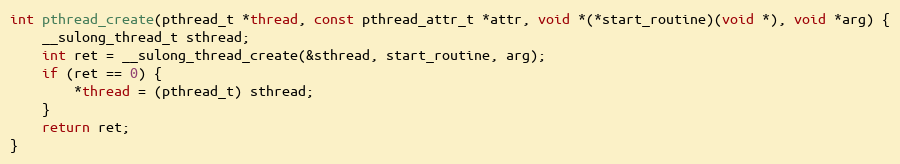
Language: C
int pthread_create(pthread_t *thread, const pthread_attr_t *attr, void *(*start_routine)(void *), void *arg) {
    __sulong_thread_t sthread;
    int ret = __sulong_thread_create(&sthread, start_routine, arg);
    if (ret == 0) {
        *thread = (pthread_t) sthread;
    }
    return ret;
}